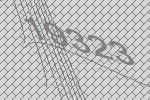
19323